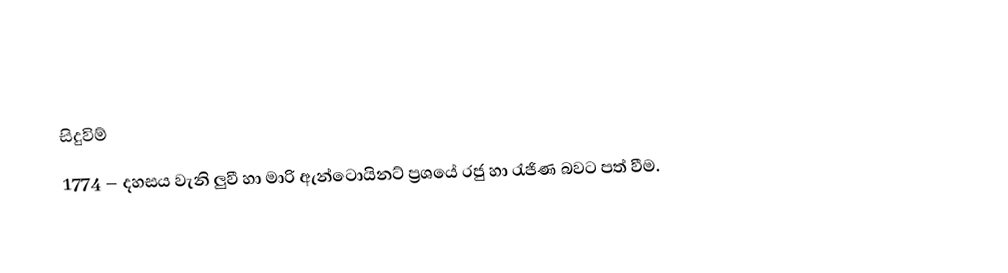

සිදුවිම්
1774 – දහසය වැනි ලුවී හා මාරි ඇන්ටොයිනට් ප්‍රශයේ රජු හා රැජිණ බවට පත් වීම.